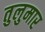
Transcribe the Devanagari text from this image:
तुलुमार